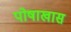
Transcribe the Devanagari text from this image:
पोषाखास